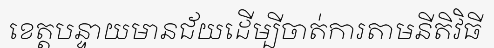
ខេត្តបន្ទាយមានជ័យដើម្បីចាត់ការតាមនីតិវិធី